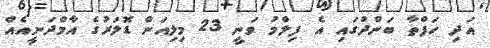
އަދި ހަފްތާ ބަންދުގައި އެ ފިލްމު ވަނީ 23 މިލިއަން ޑޮލަރުގެ އާމްދަނީއެއް